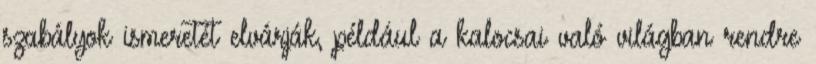
szabályok ismeretét elvárják, például a kalocsai való világban rendre